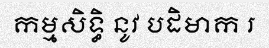
កម្មសិទ្ធិ នូវ បដិមាក រ